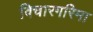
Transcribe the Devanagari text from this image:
विचारगरिमा